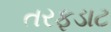
તરફડાટ